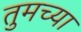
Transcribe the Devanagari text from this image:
तुमच्‍या